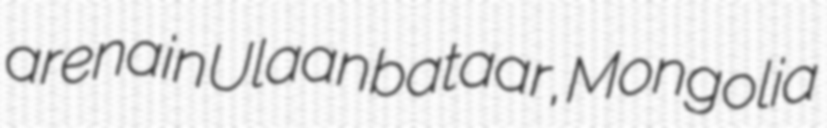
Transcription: arena in Ulaanbataar, Mongolia